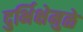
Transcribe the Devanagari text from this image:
दुर्भिक्षेमुळे